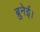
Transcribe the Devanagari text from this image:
ब्रुनेई।